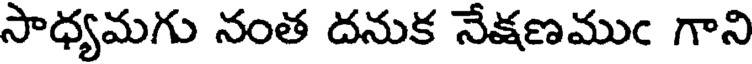
సాధ్యమగు నంత దనుక నేకణముం గాని